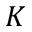
K